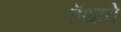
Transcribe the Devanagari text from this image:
हॅथावे